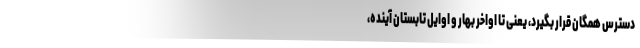
دسترس همگان قرار بگیرد، یعنی تا اواخر بهار و اوایل تابستان آينده،